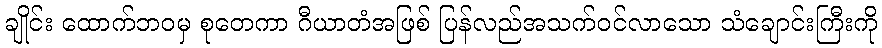
ချိုင်း ထောက်ဘဝမှ စုတေကာ ဂီယာတံအဖြစ် ပြန်လည်အသက်ဝင်လာသော သံချောင်းကြီးကို